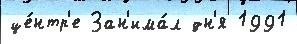
це́нтр'е Зан'има́л дн'я 1991